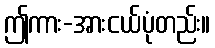
ဤကား-အားငယ်ပုံတည်း။